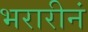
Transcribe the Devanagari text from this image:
भरारीनं